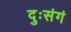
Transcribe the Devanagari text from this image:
दुःसंगं